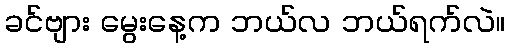
ခင်ဗျား မွေးနေ့က ဘယ်လ ဘယ်ရက်လဲ။